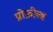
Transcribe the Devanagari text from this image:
प्रोफ़ील्ड